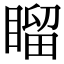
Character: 𥉳